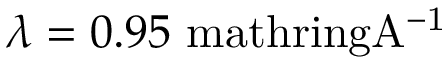
\lambda = 0 . 9 5 \mathrm { \ m a t h r i n g { A } ^ { - 1 } }